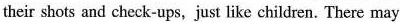
their shots and check-ups,just like children. There may